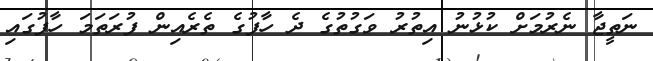
ނަތީޖާ ނެރުމަށް ކުޅުނު އިތުރު ވަގުތުގެ ދެ ހާފުގެ ތެރެއިން ފުރަތަމަ ހާފުގައި